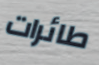
طائرات